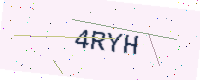
Text: 4RYH